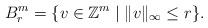
LaTeX: \begin{align*}B_r^m = \{ v \in \mathbb{Z}^m \mid \|v\|_{\infty} \leq r \}.\end{align*}